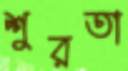
শুরতা